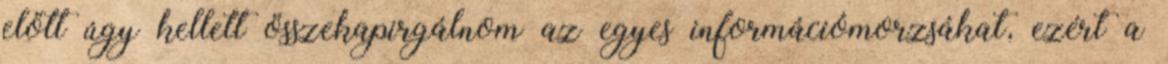
előtt úgy kellett összekapirgálnom az egyes információmorzsákat, ezért a